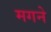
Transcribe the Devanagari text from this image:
मगने